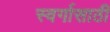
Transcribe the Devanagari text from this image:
स्वर्गासाठी